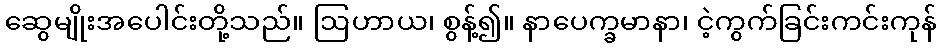
ဆွေမျိုးအပေါင်းတို့သည်။ ဩဟာယ၊ စွန့်၍။ နာပေက္ခမာနာ၊ ငဲ့ကွက်ခြင်းကင်းကုန်